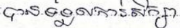
បានទទួលការសិក្សា